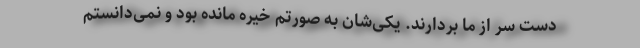
دست سر از ما بردارند. یکی‌شان به صورتم خیره مانده بود و نمی‌دانستم